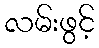
လမ်းဖွင့်